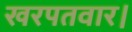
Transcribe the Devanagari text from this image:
खरपतवार।